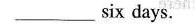
___six days.